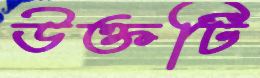
উক্তটি